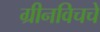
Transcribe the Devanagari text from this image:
ग्रीनविचचे